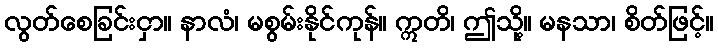
လွတ်စေခြင်းငှာ။ နာလံ၊ မစွမ်းနိုင်ကုန်။ ဣတိ၊ ဤသို့။ မနသာ၊ စိတ်ဖြင့်။